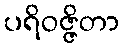
ပရိဝဇ္ဇိတာ